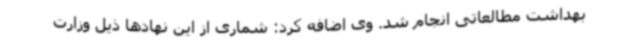
بهداشت مطالعاتی انجام شد. وی اضافه کرد: شماری از این نهادها ذیل وزارت